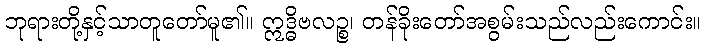
ဘုရားတို့နှင့်သာတူတော်မူ၏။ ဣဒ္ဓိဗလဉ္စ၊ တန်ခိုးတော်အစွမ်းသည်လည်းကောင်း။